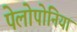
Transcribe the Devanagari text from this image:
पेलोपोनिया